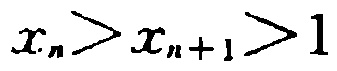
\(x_{n}>x_{n + 1}>1\)